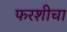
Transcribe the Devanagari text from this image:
फरशीचा